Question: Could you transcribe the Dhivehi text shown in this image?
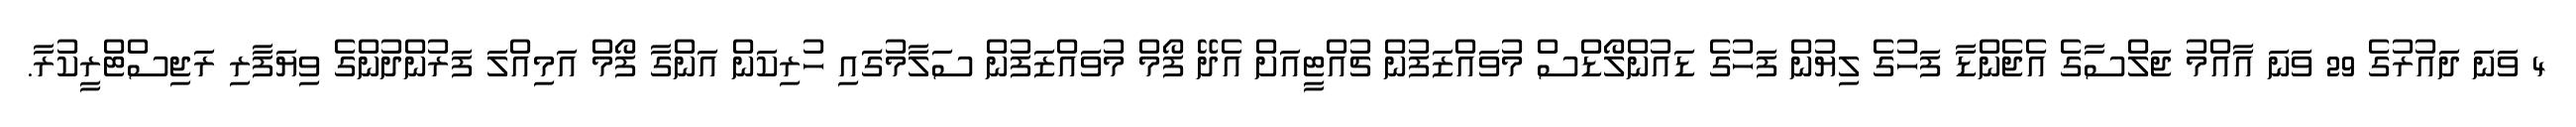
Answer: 4 ވަނަ ދައުރުގެ 29 ވަނަ އާއްމު ޖަލްސާގެ އެޖެންޑާ ފަހުގެ ލިޔުން ފަހުގެ ޑައުންލޯޑްސް މުވައްޒަފުން ޗުއްޓީއަށް އެދޭ ފޯމް މުވައްޒަފުން ސަލާމުގަައި ހުރިކަން އަންގާ ފޯމް އަމިއްލަ ފަރުންދުންގެ ވިޔަފާރި ރަޖިސްޓްރީކުރާ.